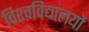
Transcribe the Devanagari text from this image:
विश्‍वविद्यालयों